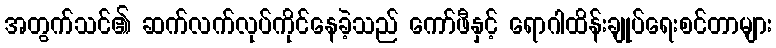
အတွက်သင်၏ ဆက်လက်လုပ်ကိုင်နေခဲ့သည် ကော်ဖီနှင့် ရောဂါထိန်းချုပ်ရေးစင်တာများ